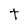
Character: t